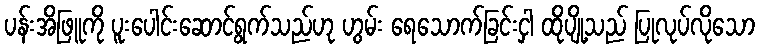
ပန်းအိဖြူကို ပူးပေါင်းဆောင်ရွက်သည်ဟု ဟွမ်း ရေသောက်ခြင်းငှါ ထိုပျို့သည် ပြုလုပ်လိုသော